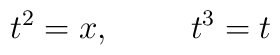
t^2 = x, \hspace{1 cm} t^3 = t